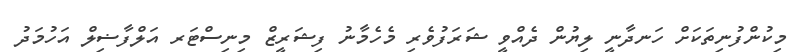
މިކުންފުނިތަކަށް ހަނދާނީ ލިޔުން ދެއްވީ ޝަރަފުވެރި މެހެމާނު ފިޝަރީޒް މިނިސްޓަރ އަލްފާޟިލް އަހުމަދު